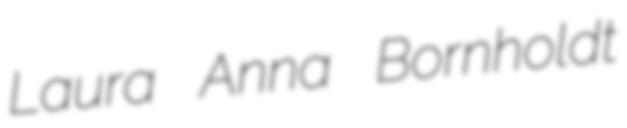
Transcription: Laura Anna Bornholdt